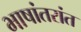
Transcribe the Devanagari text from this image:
भाषांतरांत